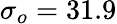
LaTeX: \sigma_{o}=31.9